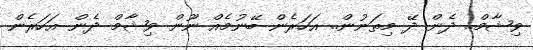
ވިޝާމް.. ދެން ދޭ މިތަނުން.. އަހަރެން ބޭނުމެއް ނޫން ވިޝާމް ދެން އަހަރެން